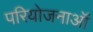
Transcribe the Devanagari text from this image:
परियोजनाऑं